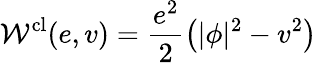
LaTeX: {\cal W}^{\mathrm{cl}}(e,v)=\frac{e^{2}}2\left(|\phi|^{2}-v^{2}\right)